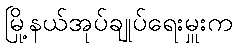
မြို့နယ်အုပ်ချုပ်ရေးမှူးက